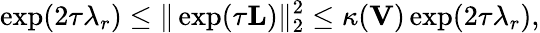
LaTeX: \exp(2\tau\lambda_{r})\leq\| \exp(\tau\mathbf{L})\| _{2}^{2}\leq\kappa(\mathbf{V})\exp(2\tau\lambda_{r}),